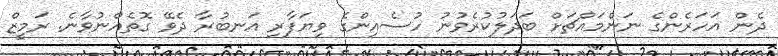
ދެން އަހަރެންގެ ނަންމައްޗަށް ބަދަލުކުރެވުނު ހުސެއިންގެ ވިޔަފާރި އަނބުރާ ދެވޭ ގޮތެއްނުވާނެ. ރަމީޒް